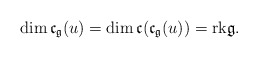
\begin{align*}\dim\mathfrak{c}_\mathfrak{g}(u)=\dim\mathfrak{c}(\mathfrak{c}_\mathfrak{g}(u))=\mathrm{rk}\mathfrak{g}.\end{align*}